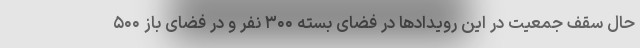
حال سقف جمعیت در این رویدادها در فضای بسته ۳۰۰ نفر و در فضای باز ۵۰۰